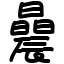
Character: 曟